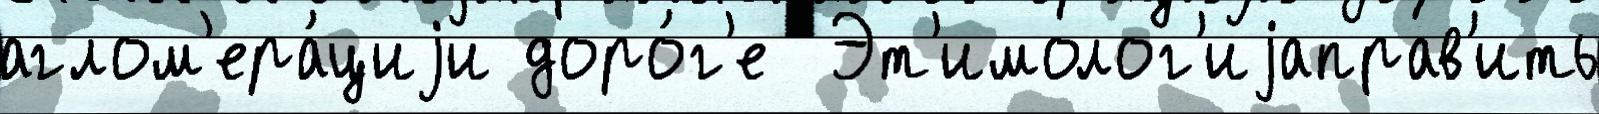
аглом'ера́циjи доро́г'е  Эт'имолог'иjаправ'ить